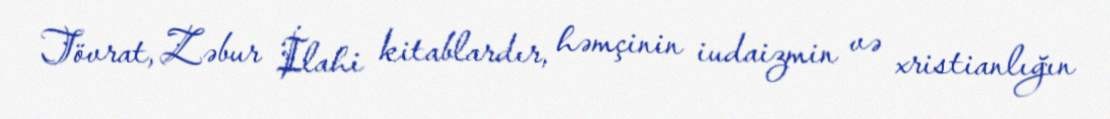
Tövrat, Zəbur İlahi kitablardır, həmçinin iudaizmin və xristianlığın